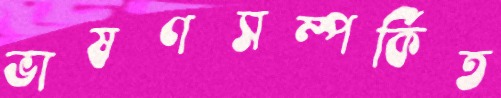
ভাষণসম্পর্কিত